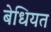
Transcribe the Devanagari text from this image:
बेधियत